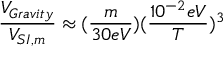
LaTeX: { \frac { V _ { G r a v i t y } } { V _ { S I , m } } } \approx ( { \frac { m } { 3 0 e V } } ) ( { \frac { 1 0 ^ { - 2 } e V } { T } } ) ^ { 3 }